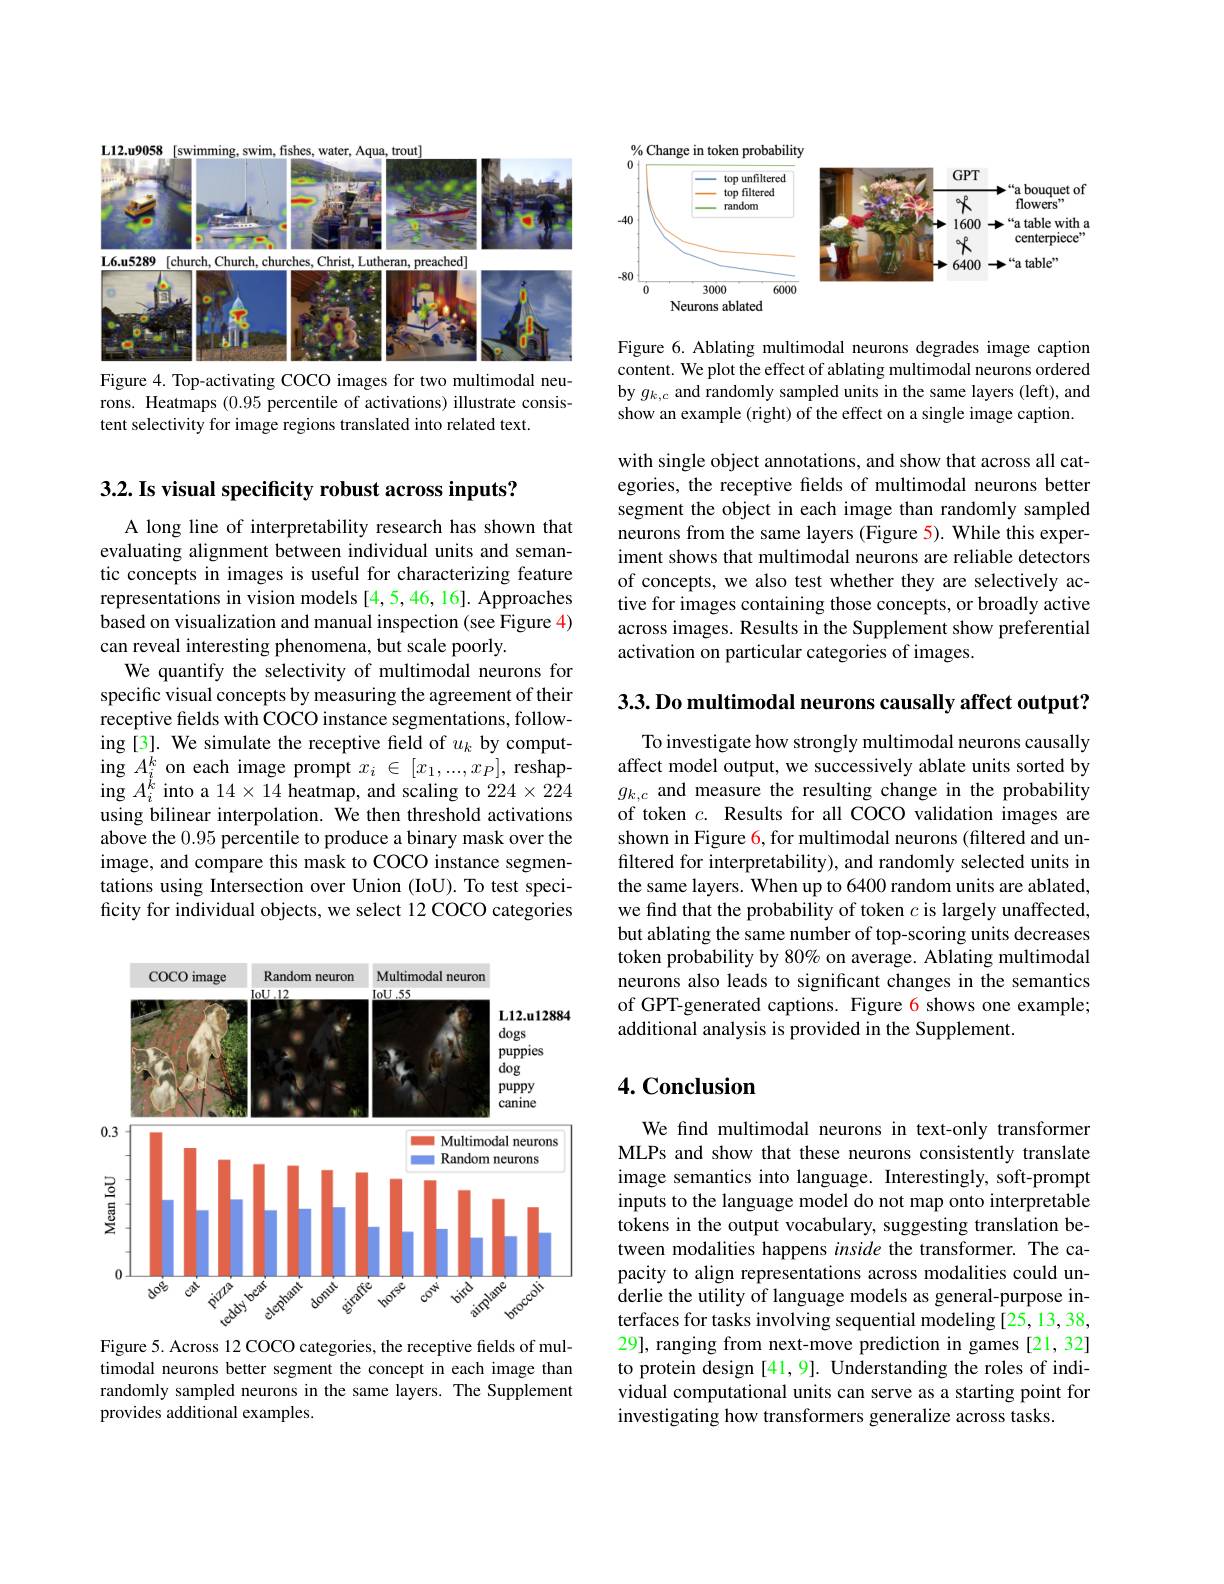
$L12.u9058$
$water.$
trout
<FigureHere>
Figure 4. Top-activating COCO images for two multimodal neu-

rons. Heatmaps (0.95 percentile of activations) illustrate consis-
tent selectivity for image regions translated into related text.

3.2. Is visual specificity robust across inputs?

A long line of interpretability research has shown that evaluating alignment between individual units and semantic concepts in images is useful for characterizing feature representations in vision models [4,5,46,16]. Approaches based on visualization and manual inspection (see Figure 4) can reveal interesting phenomena, but scale poorly.
We quantify the selectivity of multimodal neurons for specific visual concepts by measuring the agreement of their receptive fields with COCO instance segmentations, following[3]. We simulate the receptive field of $u_k$ by computing $A_i^k$ on each image prompt $x_i\in[x_1,...,x_P]$, reshap- $\operatorname{ing}A_{i}^{\ddot{k}}$ into a $14\times14$ heatmap, and scaling to $224\times224$ using bilinear interpolation. We then threshold activations above the 0.95 percentile to produce a binary mask over the image, and compare this mask to COCO instance segmentations using Intersection over Union (IoU). To test specificity for individual objects, we select 12 COCO categories

<FigureHere>
Figure 5. Across 12 COCO categories, the receptive fields of mul-

timodal neurons better segment the concept in each image than randomly sampled neurons in the same layers. The Supplement provides additional examples.

% Change in token probability
<FigureHere>

Figure 6. Ablating multimodal neurons degrades image caption content. We plot the effect of ablating multimodal neurons ordered by $g_{k,c}$ and randomly sampled units in the same layers (left), and show an example (right) of the effect on a single image caption.

with single object annotations, and show that across all categories, the receptive fields of multimodal neurons better segment the object in each image than randomly sampled neurons from the same layers (Figure 5). While this experiment shows that multimodal neurons are reliable detectors of concepts, we also test whether they are selectively active for images containing those concepts, or broadly active across images. Results in the Supplement show preferential activation on particular categories of images.

$3. 3. \textbf{Do multimodal neurons causally affect output? }$

To investigate how strongly multimodal neurons causally affect model output, we successively ablate units sorted by $\begin{array}{l}g_{k,c}\text{and measure the resulting change in the probability}\\\text{of token }c.&\text{Results for all COCO validation images are}\end{array}$ shown in Figure 6, for multimodal neurons (filtered and unfiltered for interpretability), and randomly selected units in the same layers. When up to 6400 random units are ablated, we find that the probability of token $c$ is largely unaffected, but ablating the same number of top-scoring units decreases token probability by 80% on average. Ablating multimodal neurons also leads to significant changes in the semantics of GPT-generated captions. Figure 6 shows one example; additional analysis is provided in the Supplement.

### $4. \textbf{Conclusion}$

We find multimodal neurons in text-only transformer MLPs and show that these neurons consistently translate image semantics into language. Interestingly, soft-prompt inputs to the language model do not map onto interpretable tokens in the output vocabulary, suggesting translation between modalities happens inside the transformer. The capacity to align representations across modalities could underlie the utility of language models as general-purpose interfaces for tasks involving sequential modeling [25, 13, 38, 29], ranging from next-move prediction in games [21,32] to protein design [41,9]. Understanding the roles of individual computational units can serve as a starting point for investigating how transformers generalize across tasks.